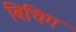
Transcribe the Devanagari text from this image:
बिचिग